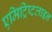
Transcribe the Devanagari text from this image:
एमिट्रिप्टलाइन